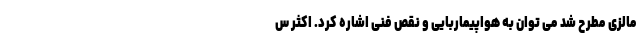
مالزی مطرح شد می توان به هواپیماربایی و نقص فنی اشاره کرد. اکثر س